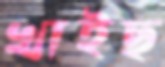
খাইছ